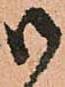
御